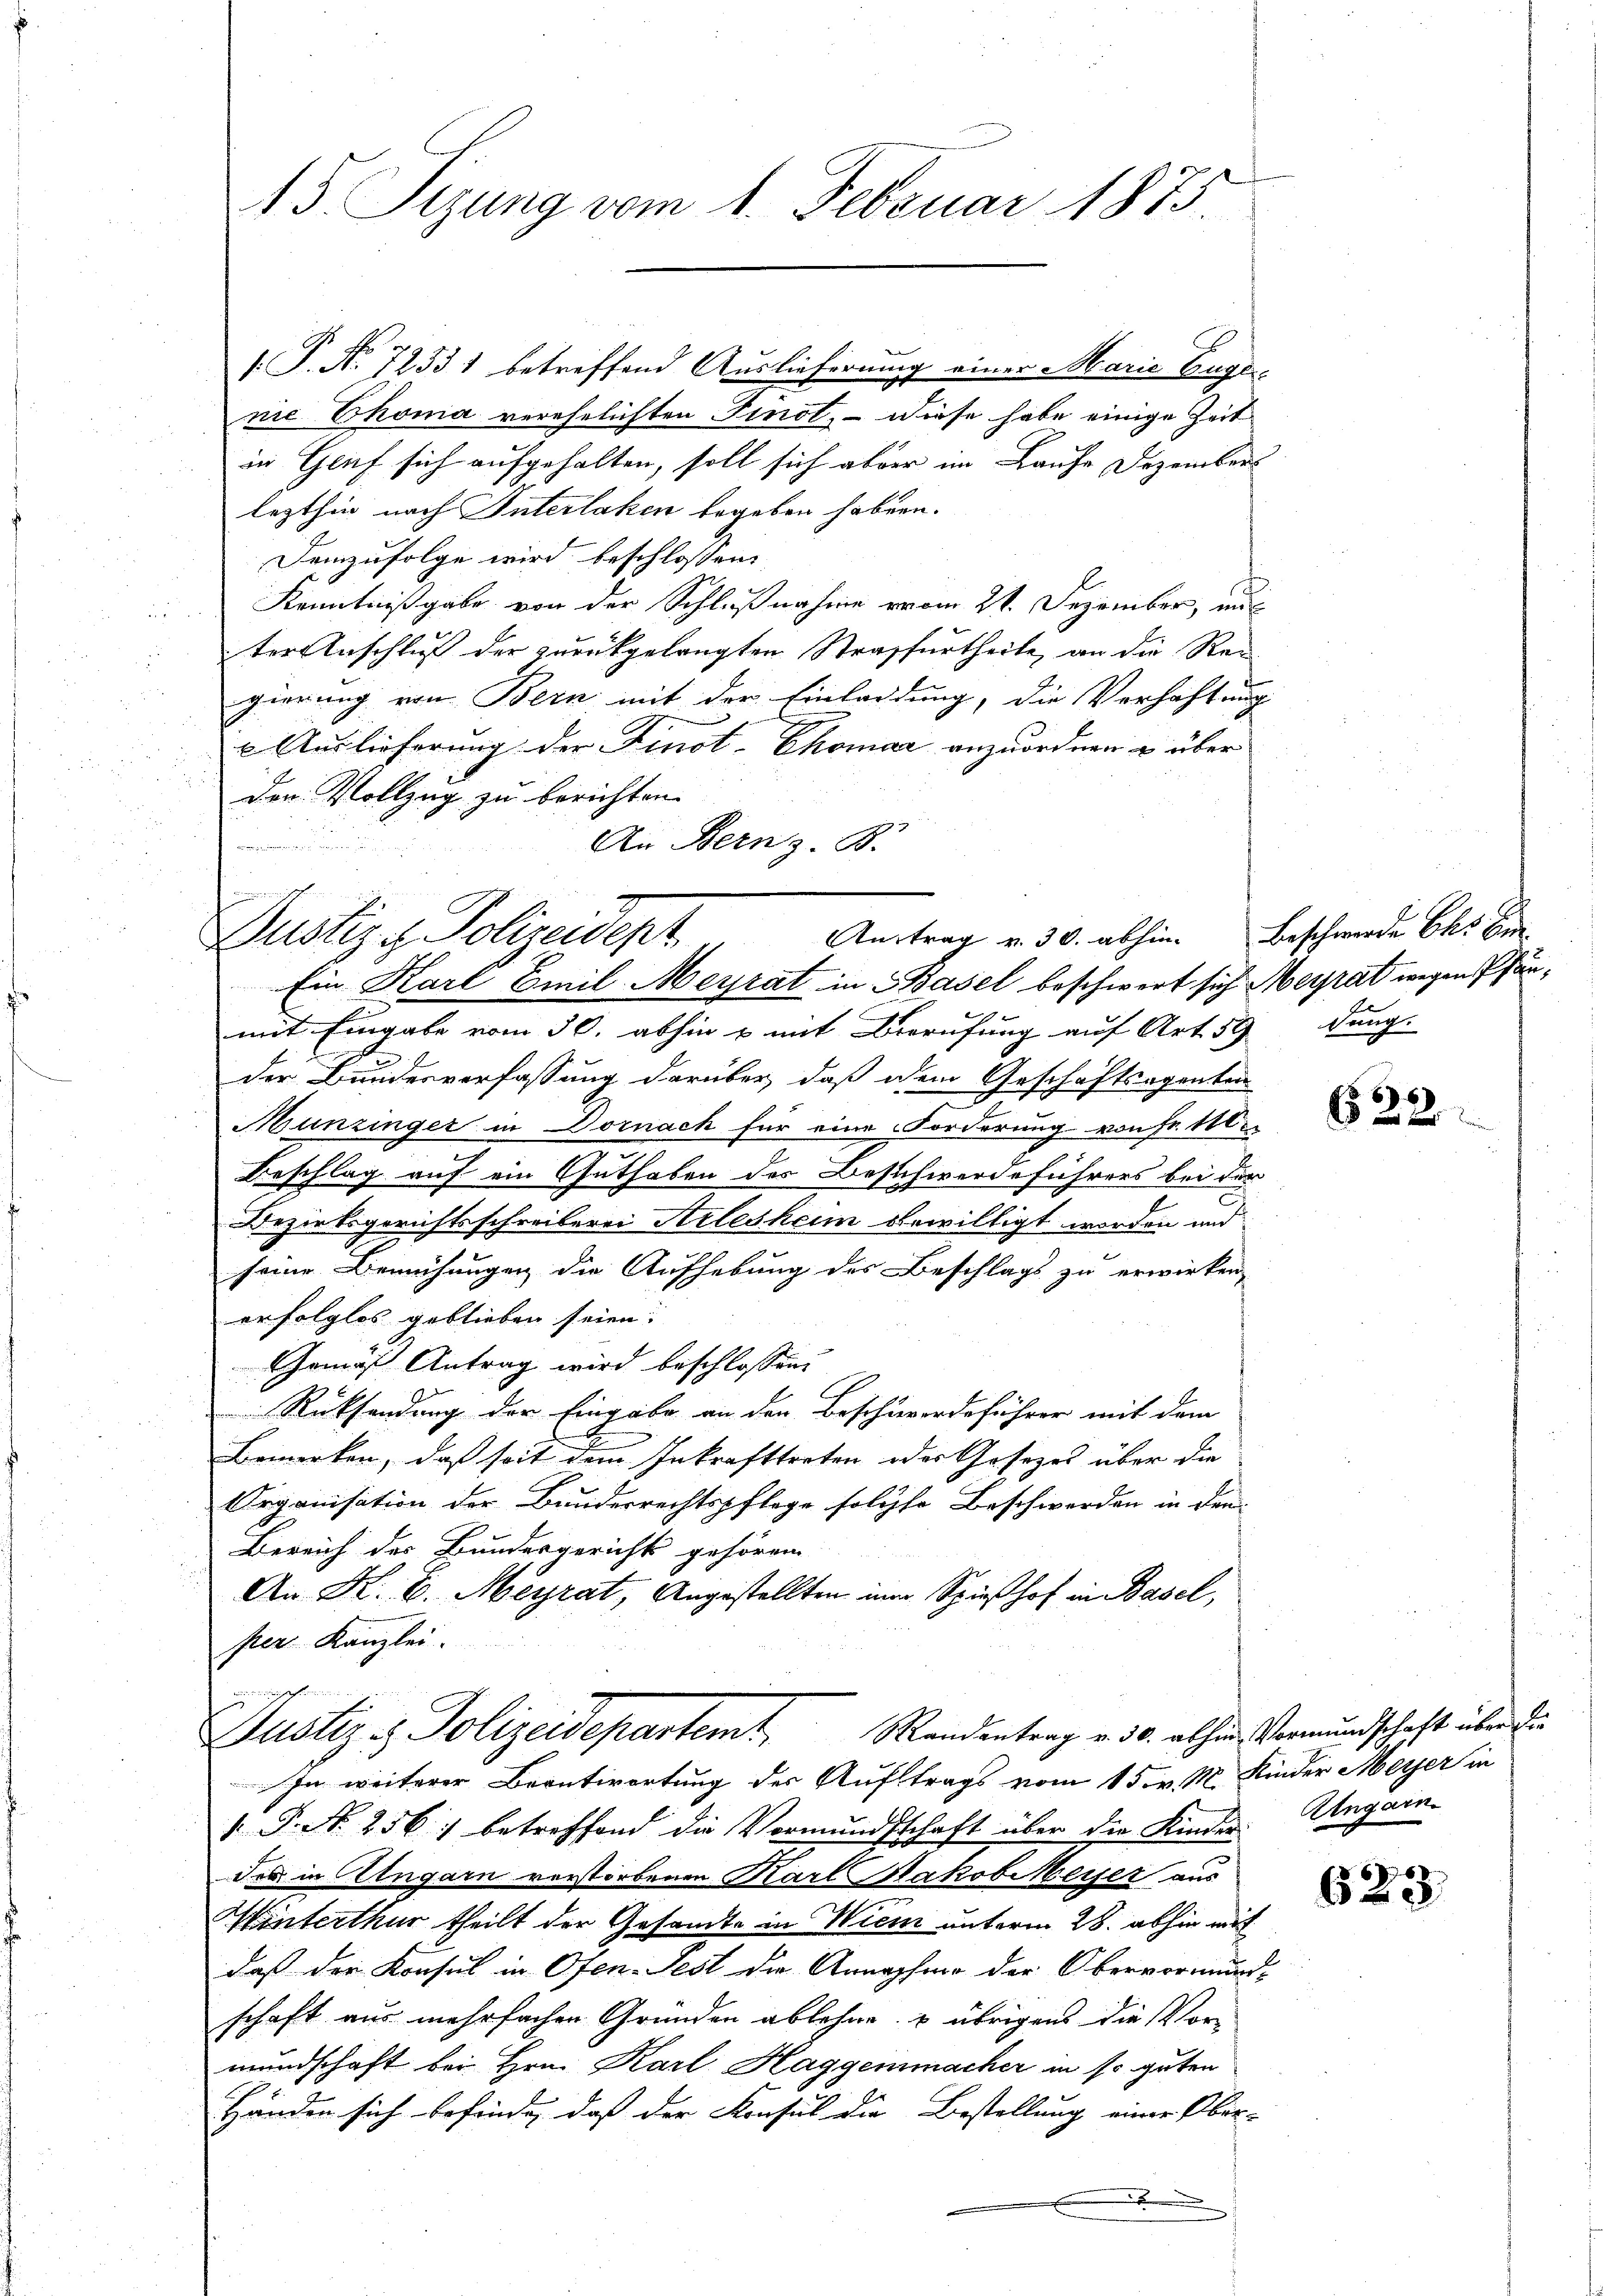
15 Sizung vom 1. Februar 1875

/. P. Nr. 72531 betreffend Auslieferung einer Marie Enger
nie Thoma verehelichten Findt, – diese habe einige Zeit
in Gluf sich aufgehalten, soll sich aber im Laufe Dezembers
lezthin nach Interlaken begeben haben.
Demzufolge wird beschlossen:
Kenntnißgabe von der Schlußnahme vom 21. Dezember, un
ter Anschluß der zurückgelangten Strafurtheile, an die Re-
gierung von Bern mit der Einladung, die Verhaftung
x Auslieferung der Finot-Chomar anzuordnen u über
Den Vollzug zu berichten.
An Bern z. B.

Justiz & Polizeidept Antrag v. 30. abhin Beschwende bles Be

Ein Karl Emil-Meyrat in Basel beschwert sich Meyrat wegen fänmit Eingabe vom 30. abhin u mit Berufung auf Art. 59 dung.
der Bundesverfassung darüber, daß dem Geschäftsagenten
Munzinger in Dornach für eine Forderung von Fr. 10
Beschlag auf ein Guthaben des Beschwerdeführers bei der
Bezirksgerichtsschreiberei Arlesheim bewilligt worden und
seine Bemühungen die Aufhebung des Beschlags zu erwirken,
erfolglos geblieben seien.
Gemäß Antrag wird beschlossen:
Rücksendung der Eingabe an den Beschwerdeführer mit dem
Bemerken, daß seit dem Inkrafttreten oder Gesezes über die
Organisation der Bundesrechtspflege solche Beschwerden in den
Bereich des Bundesgerichts gehören
An K. B. Meyrat, Angestellten im Spieshof in Basel,
per Kanzlei.
en
Justiz & Polizeidepartem Mandentrag v. 30. abhin Vermundschaft über die
In weiterer Beantwortung der Auftrags vom 15. v. M. Kinder Meyer in
. P. Nr. 256 : betreffend die Vormundschaft über die Kinder Angaindes in Angarn verstorbenen Karl Makob Weiser aus
Hinterthur theilt der Gesamte in Wien unterm 28. abhin mit
daß der Konsul in Ofen-Pest die Annahme der Obervormund-
schaft aus mehrfachen Gründen ablehne & übrigens die Vor-
mundschaft bei Hrn. Karl Haggenmacher in so guten
Händen sich befinde, daß der Konsul die Bestellung einer Ober-
.

6
x

623.